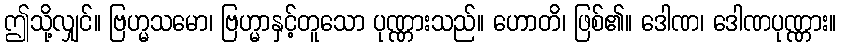
ဤသို့လျှင်။ ဗြဟ္မသမော၊ ဗြဟ္မာနှင့်တူသော ပုဏ္ဏားသည်။ ဟောတိ၊ ဖြစ်၏။ ဒေါဏ၊ ဒေါဏပုဏ္ဏား။